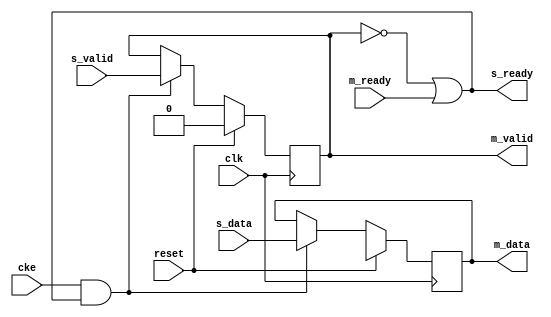
// ---------------------------------------------------------------------------
//  Jelly  -- The platform for real-time computing
//
//                                 Copyright (C) 2008-2020 by Ryuji Fuchikami
//                                 https://github.com/ryuz/jelly.git
// ---------------------------------------------------------------------------



`timescale 1ns / 1ps
`default_nettype none



// delay
module jelly_stream_delay
        #(
            parameter   LATENCY    = 1,
            parameter   DATA_WIDTH = 8,
            parameter   DATA_INIT  = {DATA_WIDTH{1'bx}}
        )
        (
            input   wire                        reset,
            input   wire                        clk,
            input   wire                        cke,
            
            input   wire    [DATA_WIDTH-1:0]    s_data,
            input   wire                        s_valid,
            output  wire                        s_ready,
            
            output  wire    [DATA_WIDTH-1:0]    m_data,
            output  wire                        m_valid,
            input   wire                        m_ready
        );
    
    integer     i;
    
    generate
    if ( LATENCY == 0 ) begin : blk_bypass
        assign m_data  = s_data;
        assign m_valid = s_valid;
        assign s_ready = m_ready;
    end
    else begin : blk_delay
        reg     [LATENCY*DATA_WIDTH-1:0]    reg_data;
        reg     [LATENCY-1:0]               reg_valid;
        always @(posedge clk) begin
            if ( reset ) begin
                for ( i = 0; i < LATENCY; i = i+1 ) begin
                    reg_data[i*DATA_WIDTH +: DATA_WIDTH] <= DATA_INIT;
                    reg_valid[i] <= 1'b0;
                end
            end
            else if ( cke && s_ready ) begin
                reg_data[0 +: DATA_WIDTH] <= s_data;
                reg_valid[0]              <= s_valid;
                for ( i = 0; i < LATENCY-1; i = i+1 ) begin
                    reg_data[(i+1)*DATA_WIDTH +: DATA_WIDTH] <= reg_data[i*DATA_WIDTH +: DATA_WIDTH];
                    reg_valid[i+1] <= reg_valid[i];
                end
            end
        end
        assign m_data  = reg_data[(LATENCY-1)*DATA_WIDTH +: DATA_WIDTH];
        assign m_valid = reg_valid[LATENCY-1];
    end
    endgenerate
    
    assign s_ready = (!m_valid || m_ready);
    
endmodule


`default_nettype wire


// end of file